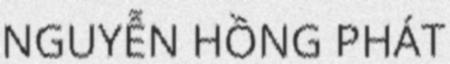
NGUYỄN HỒNG PHÁT